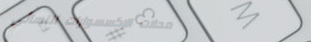
محلات الإكسسوارات النسائي